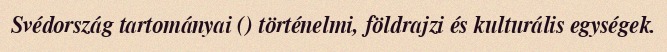
Svédország tartományai () történelmi, földrajzi és kulturális egységek.